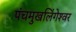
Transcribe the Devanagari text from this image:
पंचमुखलिंगेश्‍वर